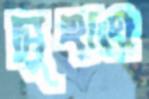
সুখও